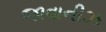
જાવાનીઝ